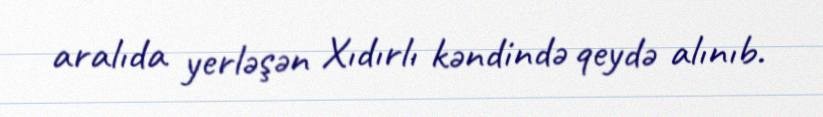
aralıda yerləşən Xıdırlı kəndində qeydə alınıb.